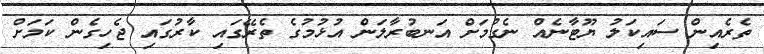
ތެރެއިން ސައިކަލު ޔޫޓާނެއް ނެގުމަށް އަނބުރާލަން އުޅުމުގެ ތެރޭގައި ކާރުގައި ޖެހިގެން ކަމަށް